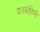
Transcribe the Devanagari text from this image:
मनमोहिनी